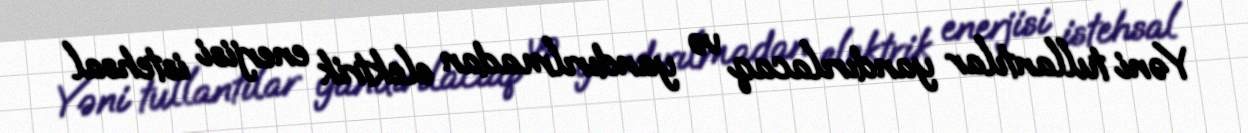
Yəni tullantılar yandırılacaq və yandırılmadan elektrik enerjisi istehsal